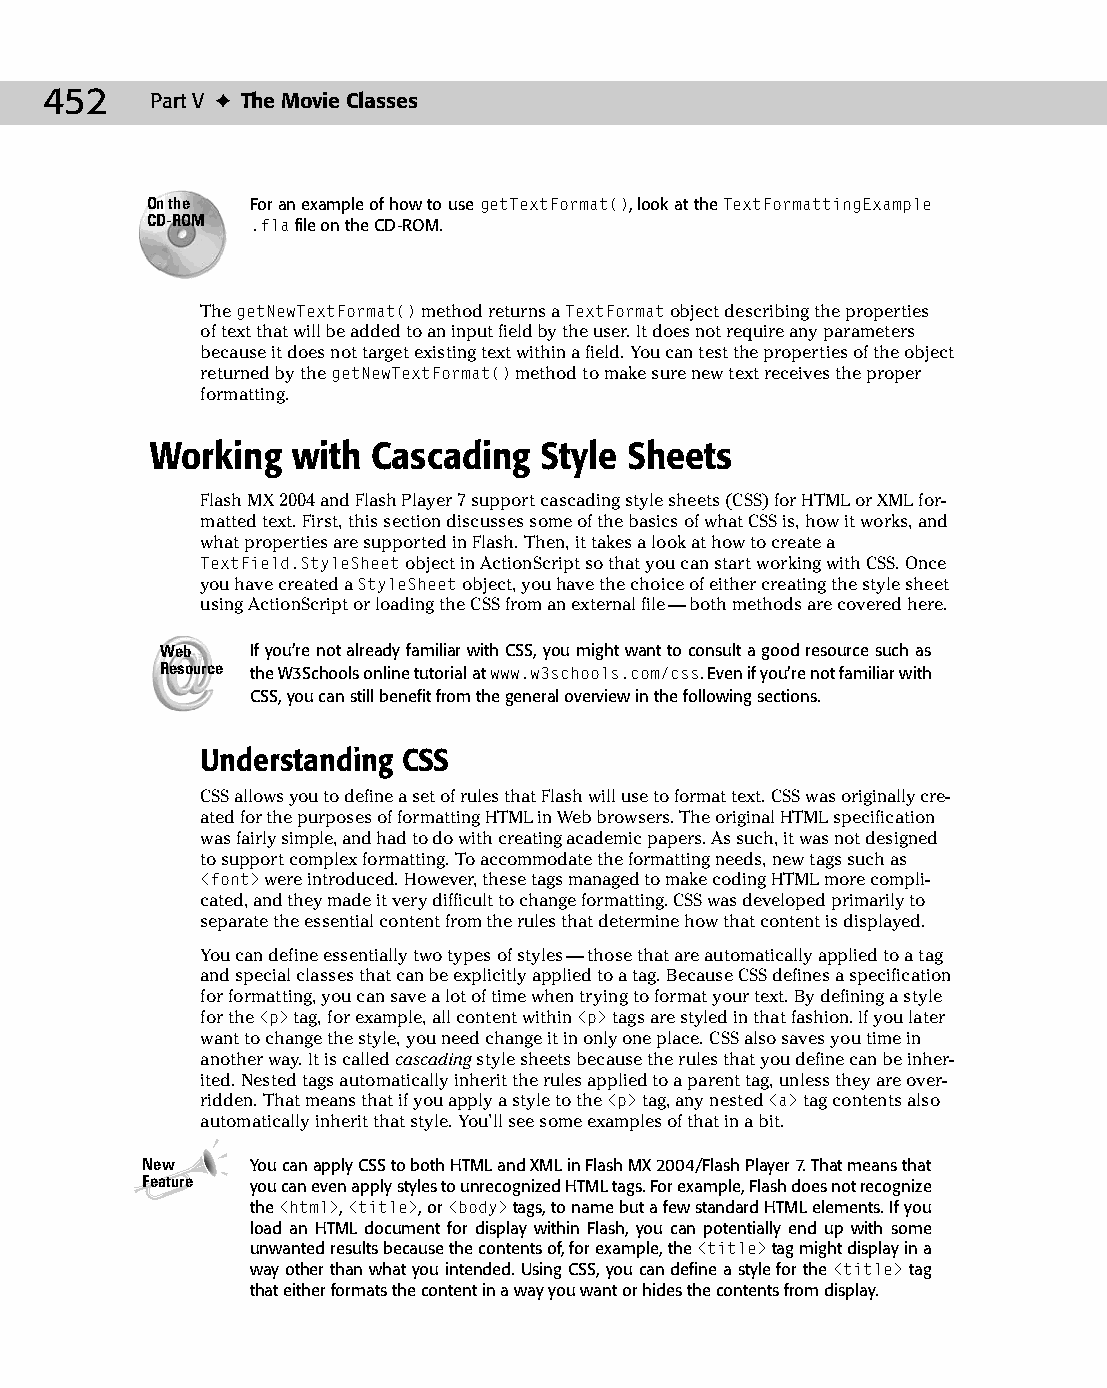
24 543547 ch18.qxd 3/24/04 4:10 PM Page 452
 452    Part V ✦ The Movie Classes
 On the For an example of how to use getTextFormat(), look at the TextFormattingExample
 CD-ROM .fla file on the CD-ROM.
 The getNewTextFormat() method returns a TextFormat object describing the properties
 of text that will be added to an input field by the user. It does not require any parameters
 because it does not target existing text within a field. You can test the properties of the object
 returned by the getNewTextFormat() method to make sure new text receives the proper
 formatting.
 Working  with  Cascading  Style Sheets
 Flash MX 2004 and Flash Player 7 support cascading style sheets (CSS) for HTML or XML for­
 matted text. First, this section discusses some of the basics of what CSS is, how it works, and
 what properties are supported in Flash. Then, it takes a look at how to create a
 TextField.StyleSheet object in ActionScript so that you can start working with CSS. Once
 you have created a StyleSheet object, you have the choice of either creating the style sheet
 using ActionScript or loading the CSS from an external file — both methods are covered here.
 Web   If you’re not already familiar with CSS, you might want to consult a good resource such as
 Resource the W3Schools online tutorial at www.w3schools.com/css. Even if you’re not familiar with
 CSS, you can still benefit from the general overview in the following sections.
 Understanding CSS
 CSS allows you to define a set of rules that Flash will use to format text. CSS was originally cre­
 ated for the purposes of formatting HTML in Web browsers. The original HTML specification
 was fairly simple, and had to do with creating academic papers. As such, it was not designed
 to support complex formatting. To accommodate the formatting needs, new tags such as
 <font> were introduced. However, these tags managed to make coding HTML more compli­
 cated, and they made it very difficult to change formatting. CSS was developed primarily to
 separate the essential content from the rules that determine how that content is displayed.
 You can define essentially two types of styles — those that are automatically applied to a tag
 and special classes that can be explicitly applied to a tag. Because CSS defines a specification
 for formatting, you can save a lot of time when trying to format your text. By defining a style
 for the <p> tag, for example, all content within <p> tags are styled in that fashion. If you later
 want to change the style, you need change it in only one place. CSS also saves you time in
 another way. It is called cascading style sheets because the rules that you define can be inher­
 ited. Nested tags automatically inherit the rules applied to a parent tag, unless they are over­
 ridden. That means that if you apply a style to the <p> tag, any nested <a> tag contents also
 automatically inherit that style. You’ll see some examples of that in a bit.
 New     You can apply CSS to both HTML and XML in Flash MX 2004/Flash Player 7. That means that
 Feature you can even apply styles to unrecognized HTML tags. For example, Flash does not recognize
 the <html>, <title>, or <body> tags, to name but a few standard HTML elements. If you
 load an HTML document for display within Flash, you can potentially end up with some
 unwanted results because the contents of, for example, the <title> tag might display in a
 way other than what you intended. Using CSS, you can define a style for the <title> tag
 that either formats the content in a way you want or hides the contents from display.